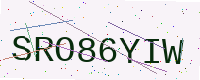
Text: SRO86YIW